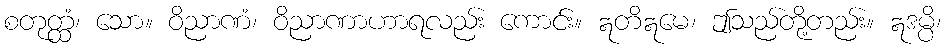
စတုတ္ထံ၊ သော။ ဝိညာဏံ၊ ဝိညာဏာဟာရလည်း ကောင်း။ ဣတိဣမေ၊ ဤသည်တို့တည်း။ ဣဒမ္ပိ၊